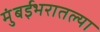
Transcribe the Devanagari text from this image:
मुंबईभरातल्या